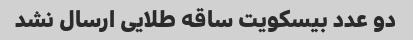
دو عدد بیسکویت ساقه طلایی ارسال نشد